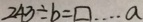
2 4 3 \div b = \square \cdots a